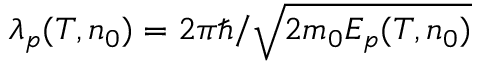
\lambda _ { p } ( T , n _ { 0 } ) = 2 \pi \hbar / \sqrt { 2 m _ { 0 } E _ { p } ( T , n _ { 0 } ) }